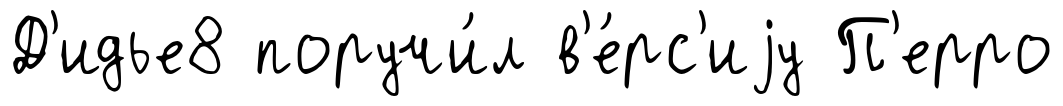
Д'идье8 поручи́л в'е́рс'иjу П'ерро